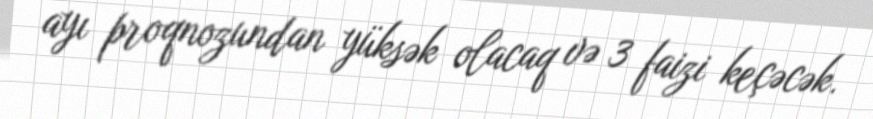
ayı proqnozundan yüksək olacaq və 3 faizi keçəcək.